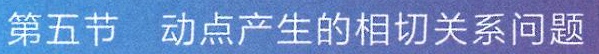
第五节 动点产生的相切关系问题